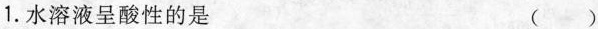
1.水溶液呈酸性的是 ( )